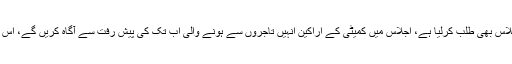
وزیراعلیٰ پنجاب نے تاجروں سے مذاکرات کے لیے بنائی گئی کمیٹی کا اجلاس بھی طلب کرلیا ہے، اجلاس میں کمیٹی کے اراکین انہیں تاجروں سے ہونے والی اب تک کی پیش رفت سے آگاہ کریں گے، اس پیش رفت کی روشنی میں ہی پنجاب حکومت اپنا لائحہ عمل طے کرے گی۔